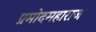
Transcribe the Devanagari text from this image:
प्रमोदमहाराज